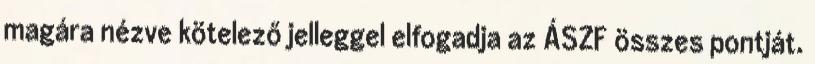
magára nézve kötelező jelleggel elfogadja az ÁSZF összes pontját.